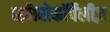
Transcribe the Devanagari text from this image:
स्फ़ीरोकॉर्पेलीज़